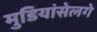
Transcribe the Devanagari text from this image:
मुडियांसेलगे